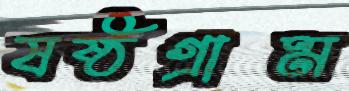
ষষ্ঠগ্রাম